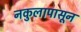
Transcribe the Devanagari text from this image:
नकुलापासून